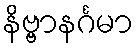
နိဗ္ဗာနင်္ဂမာ